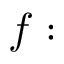
f :